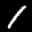
Label: 1